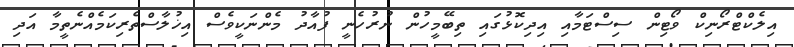
އިލެކްޓްރޯނިކް ވޯޓިން ސިސްޓަމާއި އިދިކޮޅުގައި ތިބޭމީހުން ނުރުހެނީ ފުއާދު މެންނަކީވެސް އިޚުލާސްތެރިކަމެއްނެތީމާ އަދި